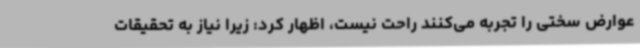
عوارض سختی را تجربه می‌کنند راحت نیست، اظهار کرد: زیرا نیاز به تحقیقات